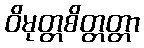
ဝိမုတ္တစိတ္တတ္တာ